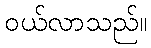
ဝယ်လာသည်။